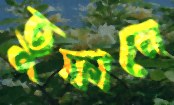
তুফানে